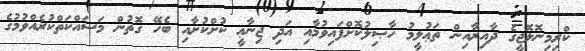
ކްރިމިނޮލޮޖީގެ ދާއިރާއިން ތަޢުލީމު ހާޞިލުކޮށްފައިވުމާއި އަދި ޖިނާޢީ ކުށްކުށާއި ބެހޭ ގޮތުން މަސައްކަތްކުރެއްވުމުގެ